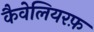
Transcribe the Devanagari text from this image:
कैवेलियरफ़